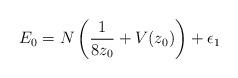
LaTeX: \begin{align*}E_0 = N\left(\frac{1}{8z_0}+ V(z_0)\right) + \epsilon_1\end{align*}